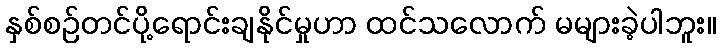
နှစ်စဉ်တင်ပို့ရောင်းချနိုင်မှုဟာ ထင်သလောက် မများခဲ့ပါဘူး။